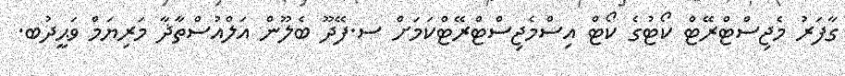
ގާފަރު މެޖިސްޓްރޭޓް ކޯޓުގެ ކޯޓް އިސްމެޖިސްޓްރޭޓްކަމަށް ސ.ފޭދޫ ބެލޫން އަލްއުސްތާޛާ މަރިޔަމް ވަޙީދުބ.